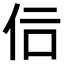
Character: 𠇙